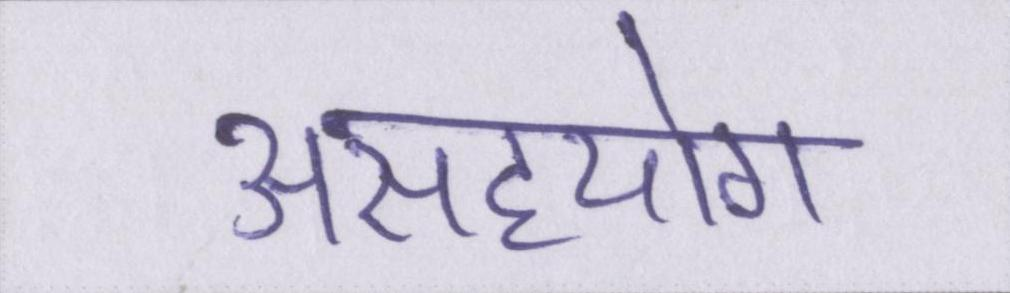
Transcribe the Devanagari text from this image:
असहयोग